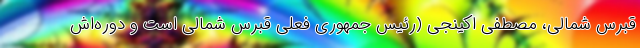
قبرس شمالی، مصطفی اکینجی (رئیس جمهوری فعلی قبرس شمالی است و دوره‌اش